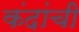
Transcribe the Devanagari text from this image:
कंदांची